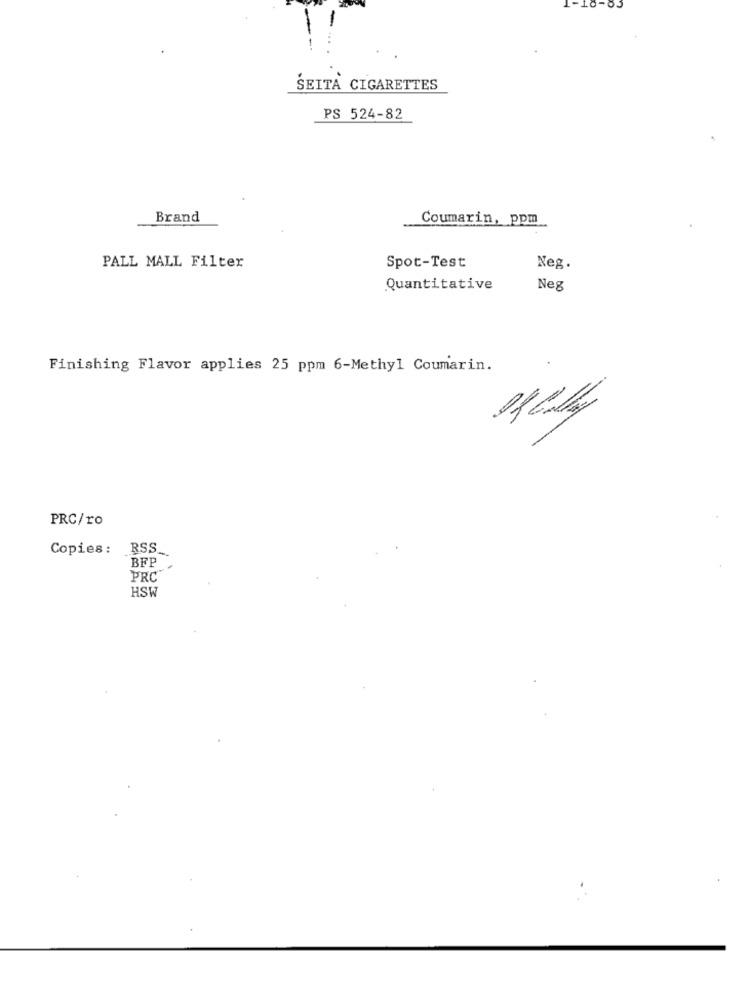
1-10-83
SEITA CIGARETTES
PS 524-82
Brand
Coumarin, ppm
PALL MALL Filter
Spot-Test
Neg.
Quantitative
Neg
Finishing Flavor applies 25 ppm 6-Methyl Coumarin.
PRC/ro
Copies: RSS.
BFP
PRC
HSW